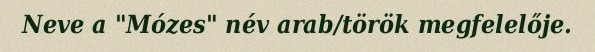
Neve a "Mózes" név arab/török megfelelője.